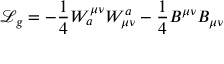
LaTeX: { \mathcal { L } } _ { g } = - { \frac { 1 } { 4 } } W _ { a } ^ { \mu \nu } W _ { \mu \nu } ^ { a } - { \frac { 1 } { 4 } } B ^ { \mu \nu } B _ { \mu \nu }